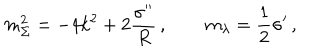
m _ { \Sigma } ^ { 2 } = - 4 k ^ { 2 } + 2 \frac { \sigma ^ { \prime \prime } } { R } \, , \qquad m _ { \lambda } = \frac { 1 } { 2 } \sigma ^ { \prime } \, ,